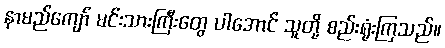
နာမည်ကျော် မင်းသားကြီးတွေ ပါအောင် သူတို့ စည်းရုံးကြသည်။